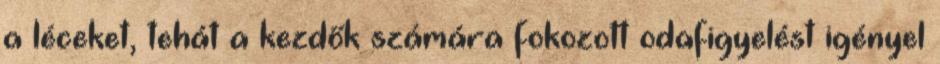
a léceket, tehát a kezdők számára fokozott odafigyelést igényel